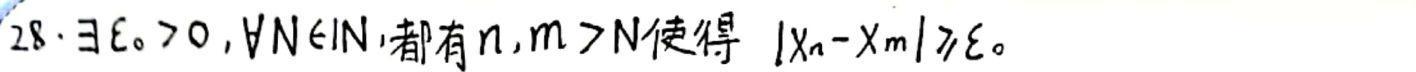
$\exists\varepsilon_0 > 0,\forall N\in\mathbb{N},$都有$n,m > N$使得$|x_n - x_m|\geqslant\varepsilon_0$